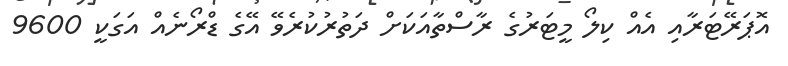
އޮޕަރޭޓަރާއި އެއް ކިލޯ މީޓަރުގެ ރާސްތާއަކަށް ދަތުރުކުރެވޭ އޭގެ ޑްރޯނެއް އަގަކީ 9600